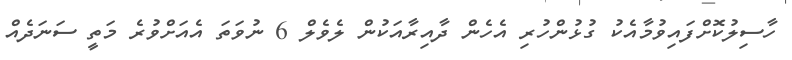
ހާސިލުކޮށްފައިވުމާއެކު ގުޅުންހުރި އެހެން ދާއިރާއަކުން ލެވެލް 6 ނުވަތަ އެއަށްވުރެ މަތީ ސަނަދެއް